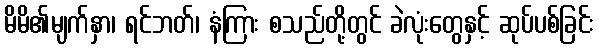
မိမိ၏မျက်နှာ၊ ရင်ဘတ်၊ နံကြား စသည်တို့တွင် ခဲလုံးတွေနှင့် ဆုပ်ပစ်ခြင်း